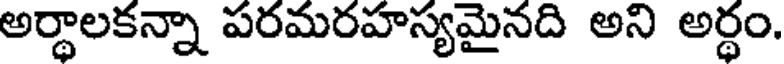
అర్థాలకన్నా పరమరహస్యమైనది అని అర్థం.